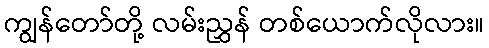
ကျွန်တော်တို့ လမ်းညွှန် တစ်ယောက်လိုလား။